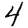
Digit: 4